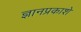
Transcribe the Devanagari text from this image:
ज्ञानप्रकाशे